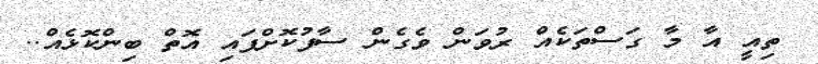
ތިއީ އާ މާ ގަސްތަކެއް ރުވަން ވެގެން ސާފުކޮށްފައި އޮތް ބިންކޮޅެއް..